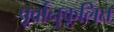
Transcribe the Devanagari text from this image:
पूर्वानुकूलित